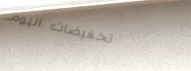
تخفيضات اليوم